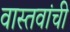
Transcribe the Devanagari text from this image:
वास्तवांची